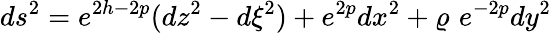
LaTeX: ds^{2}=e^{2h-2p}(dz^{2}-d\xi^{2})+e^{2p}dx^{2}+\varrho\, \, e^{-2p}dy^{2}